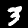
Label: 3